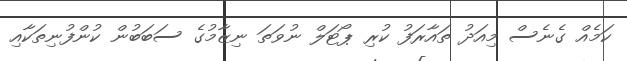
ކަމެއް ގެނެސް މިއަދު ތައާރަފު ކުރި ޕޯޓަލް ނުވަތަ ނިޒާމުގެ ސަބަބުން ކުންފުނިތަކާއި